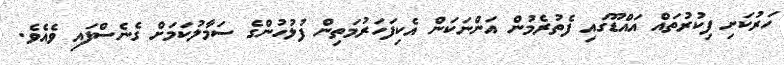
ހަރުކަށި ފިކުރުތައް އައްޑޫގައި ފެތުރެމުން އަންނަކަން އެކިފަހަރުމަތިން ފުލުހުންގެ ސަމާލުކަމަށް ގެނެސްފައި ވެއެވެ.